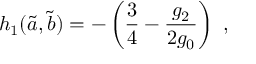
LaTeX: h _ { 1 } ( \tilde { a } , \tilde { b } ) = - \left( \frac { 3 } { 4 } - \frac { g _ { 2 } } { 2 g _ { 0 } } \right) ~ ,